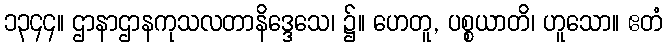
၁၃၄၄။ ဌာနာဌာနကုသလတာနိဒ္ဒေသေ၊ ၌။ ဟေတူ, ပစ္စယာတိ၊ ဟူသော။ ဧတံ